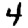
Digit: 4